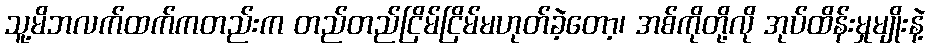
သူ့မိဘလက်ထက်ကတည်းက တည်တည်ငြိမ်ငြိမ်မဟုတ်ခဲ့တော့၊ အစ်ကိုတို့လို အုပ်ထိန်းမှုမျိုးနဲ့